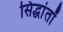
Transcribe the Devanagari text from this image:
सिद्धांतॉ